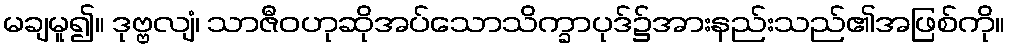
မချမူ၍။ ဒုဗ္ဗလျံ၊ သာဇီဝဟုဆိုအပ်သောသိက္ခာပုဒ်၌အားနည်းသည်၏အဖြစ်ကို။